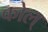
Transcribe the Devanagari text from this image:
कोल्